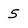
Character: 5